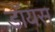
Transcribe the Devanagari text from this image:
डॉयस